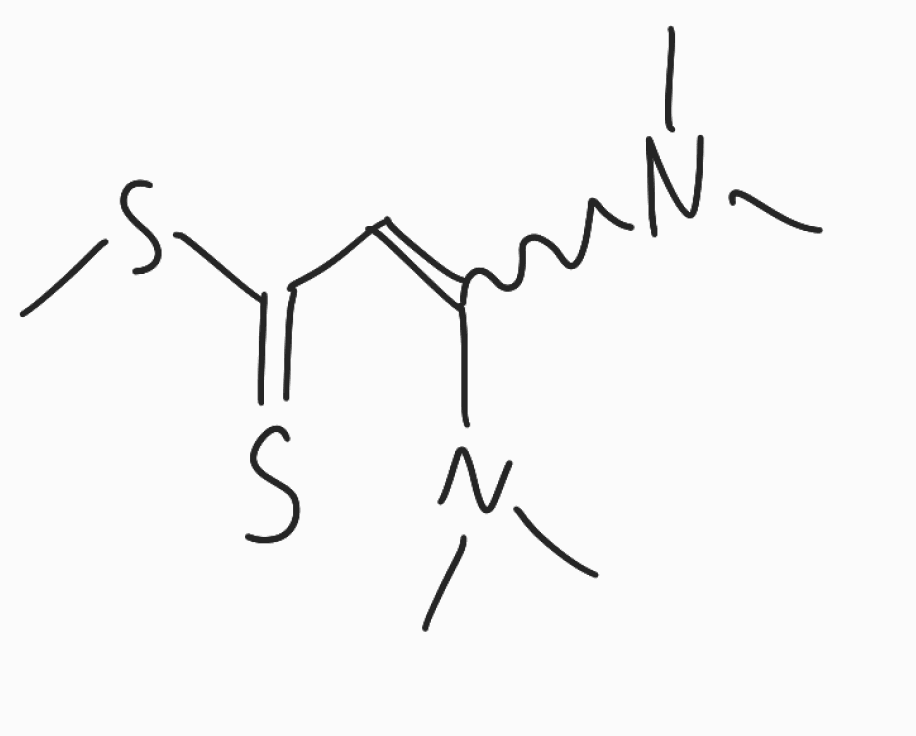
Simplified molecular-input line-entry system (SMILES) notation of the given molecule:
CN(C)C(=CC(=S)SC)N(C)C